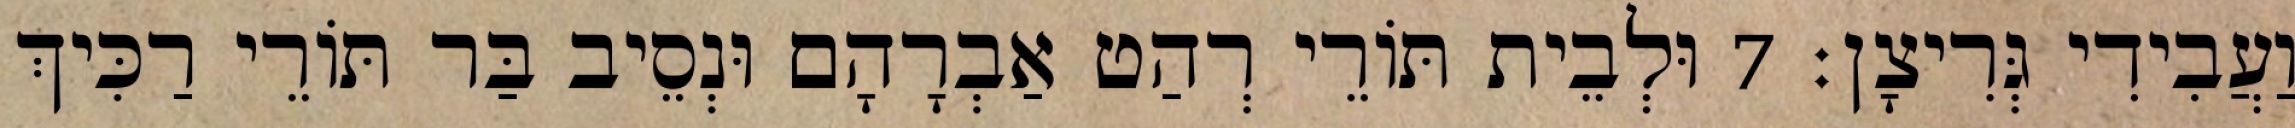
וַעֲבִידִי גְּרִיצָן׃ 7 וּלְבֵית תּוֹרֵי רְהַט אַבְרָהָם וּנְסֵיב בַּר תּוֹרֵי רַכִּיךְ